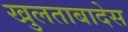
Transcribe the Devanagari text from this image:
खुलताबादेस